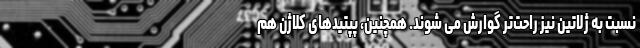
نسبت به ژلاتین نیز راحت‌تر گوارش می شوند. همچنین، پپتیدهای کلاژن هم